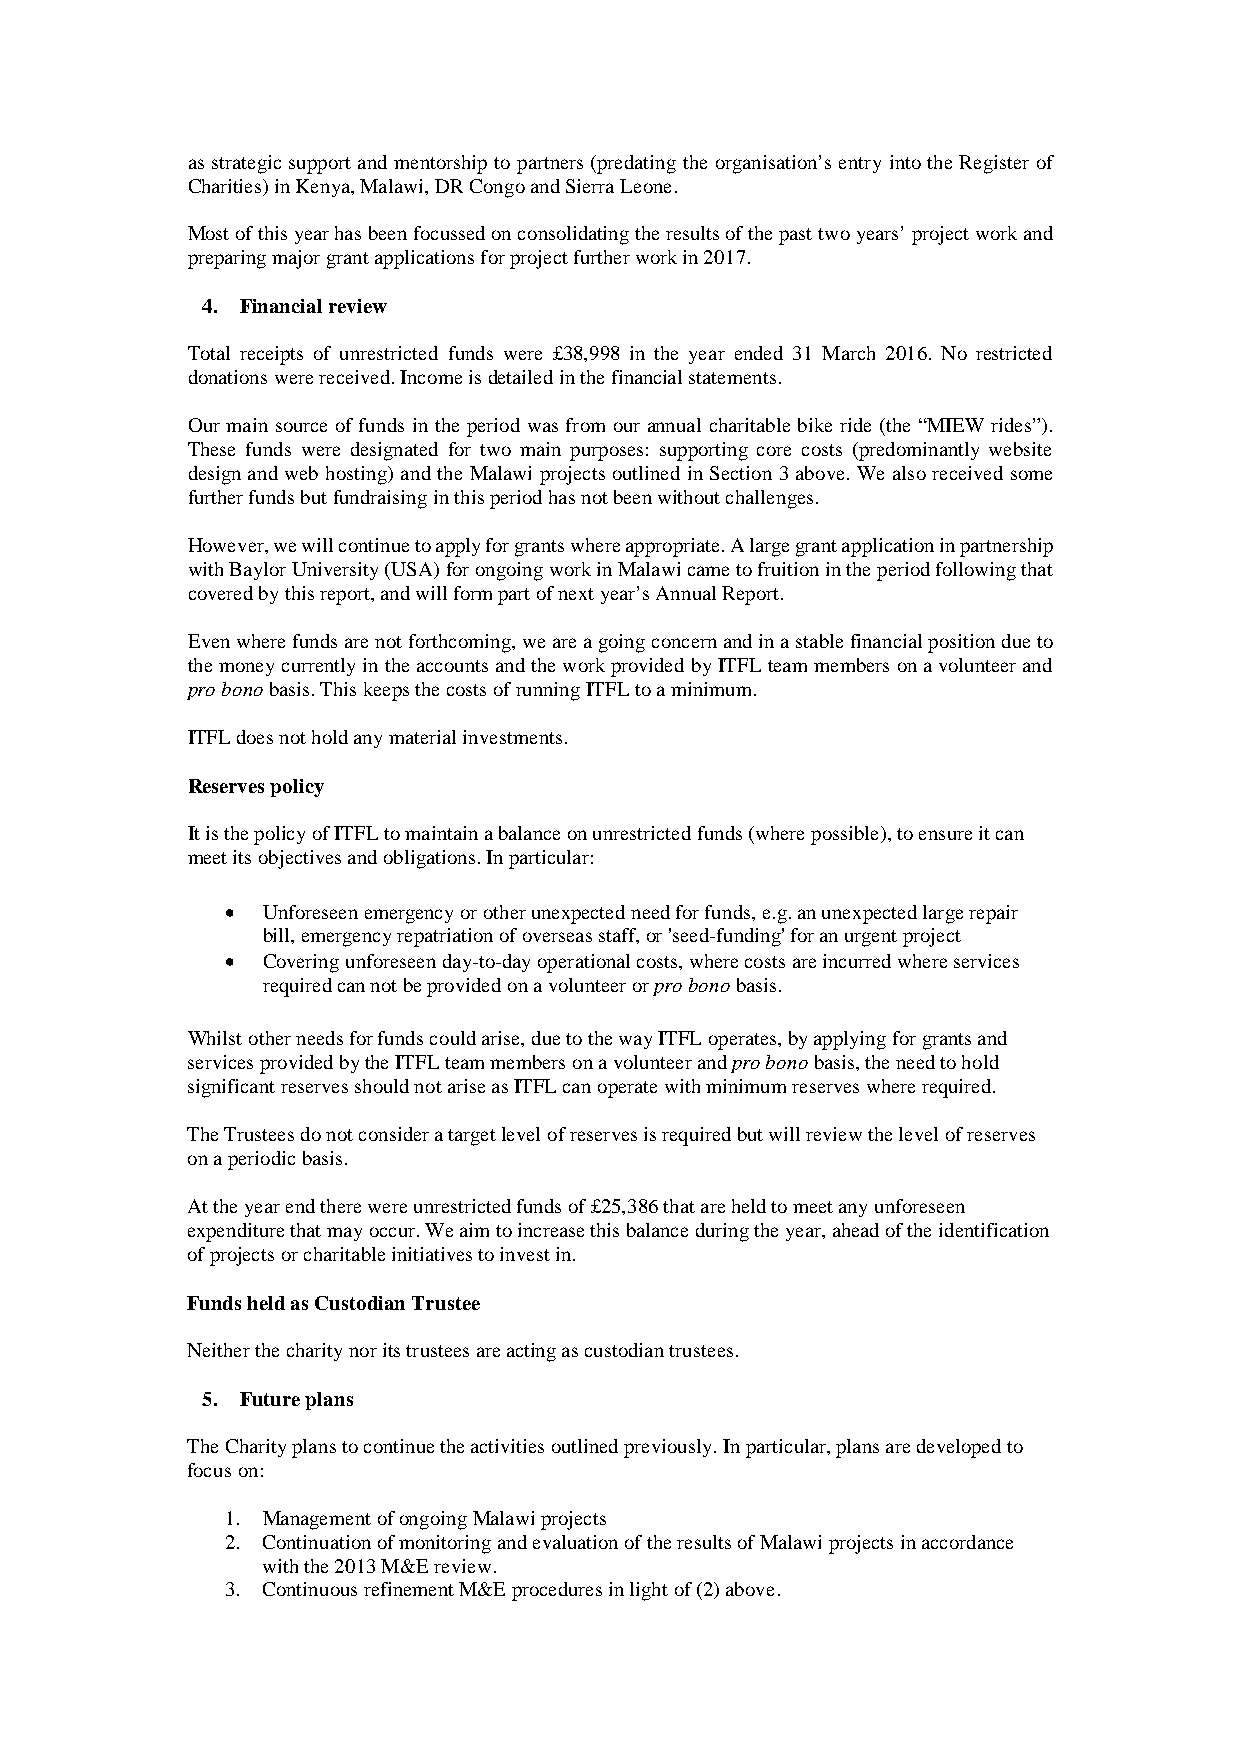
as strategic support and mentorship to partners (predating the organisation’s entry into the Register of
 Charities) in Kenya, Malawi, DR Congo and Sierra Leone.
 Most of this year has been focussed on consolidating the results of the past two years’ project work and
 preparing major grant applications for project further work in 2017.
 4. Financial review
 Total receipts of unrestricted funds were £38,998 in the year ended 31 March 2016. No restricted
 donations were received. Income is detailed in the financial statements.
 Our main source of funds in the period was from our annual charitable bike ride (the “MIEW rides”).
 These funds were designated for two main purposes: supporting core costs (predominantly website
 design and web hosting) and the Malawi projects outlined in Section 3 above. We also received some
 further funds but fundraising in this period has not been without challenges.
 However, we will continue to apply for grants where appropriate. A large grant application in partnership
 with Baylor University (USA) for ongoing work in Malawi came to fruition in the period following that
 covered by this report, and will form part of next year’s Annual Report.
 Even where funds are not forthcoming, we are a going concern and in a stable financial position due to
 the money currently in the accounts and the work provided by ITFL team members on a volunteer and
 pro bono basis. This keeps the costs of running ITFL to a minimum.
 ITFL does not hold any material investments.
 Reserves policy
 It is the policy of ITFL to maintain a balance on unrestricted funds (where possible), to ensure it can
 meet its objectives and obligations. In particular:
 • Unforeseen emergency or other unexpected need for funds, e.g. an unexpected large repair
 bill, emergency repatriation of overseas staff, or 'seed-funding' for an urgent project
 • Covering unforeseen day-to-day operational costs, where costs are incurred where services
 required can not be provided on a volunteer or pro bono basis.
 Whilst other needs for funds could arise, due to the way ITFL operates, by applying for grants and
 services provided by the ITFL team members on a volunteer and pro bono basis, the need to hold
 significant reserves should not arise as ITFL can operate with minimum reserves where required.
 The Trustees do not consider a target level of reserves is required but will review the level of reserves
 on a periodic basis.
 At the year end there were unrestricted funds of £25,386 that are held to meet any unforeseen
 expenditure that may occur. We aim to increase this balance during the year, ahead of the identification
 of projects or charitable initiatives to invest in.
 Funds held as Custodian Trustee
 Neither the charity nor its trustees are acting as custodian trustees.
 5. Future plans
 The Charity plans to continue the activities outlined previously. In particular, plans are developed to
 focus on:
 1. Management of ongoing Malawi projects
 2. Continuation of monitoring and evaluation of the results of Malawi projects in accordance
 with the 2013 M&E review.
 3. Continuous refinement M&E procedures in light of (2) above.